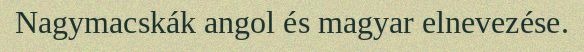
Nagymacskák angol és magyar elnevezése.